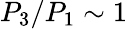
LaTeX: P_{3}/P_{1}\sim 1